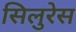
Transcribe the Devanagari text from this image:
सिलुरेस